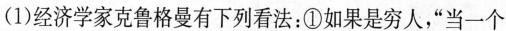
(1)经济学家克鲁格曼有下列看法：①如果是穷人，”当一个